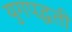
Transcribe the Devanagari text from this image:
युगपद्धती